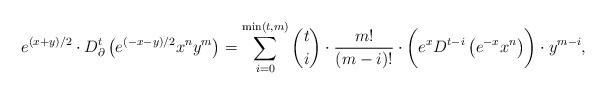
LaTeX: \begin{align*}e^{(x+y)/2}\cdot D^t_{\partial}\left(e^{(-x-y)/2}x^n y^m \right) = \sum\limits_{i=0}^{\min(t,m)} \binom{t}{i}\cdot\frac{m!}{(m-i)!}\cdot \biggl(e^x D^{t-i}\left( e^{-x} x^n\right)\biggr)\cdot y^{m - i},\end{align*}